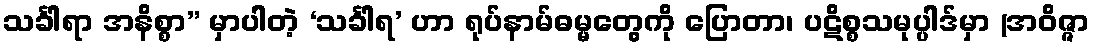
သင်္ခါရာ အနိစ္စာ” မှာပါတဲ့ ‘သင်္ခါရ’ ဟာ ရုပ်နာမ်ဓမ္မတွေကို ပြောတာ၊ ပဋိစ္စသမုပ္ပါဒ်မှာ (အဝိဇ္ဇာ